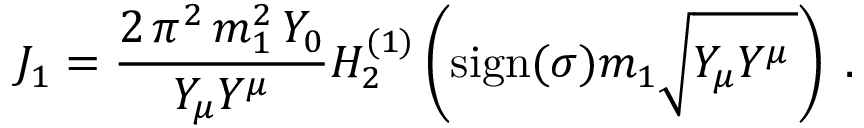
J _ { 1 } = \frac { 2 \, \pi ^ { 2 } \, m _ { 1 } ^ { 2 } \, Y _ { 0 } } { Y _ { \mu } Y ^ { \mu } } H _ { 2 } ^ { ( 1 ) } \left( \mathrm { s i g n } ( \sigma ) m _ { 1 } \sqrt { Y _ { \mu } Y ^ { \mu } \, } \right) \; .